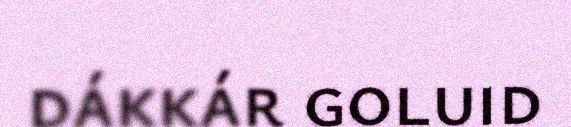
dákkár goluid